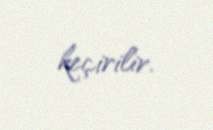
keçirilir.